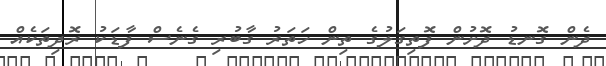
ދެން ގޮނޑު ދޮށުން ފޮތިގަލުގެ ތިން ހަތަރު ގާބުރި ގެނެސް ފާޑަކު ރޮދިތަކެއް